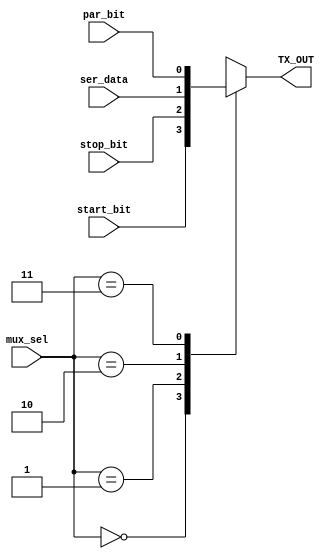
module MUX (
    input wire [1 : 0] mux_sel,
    input wire start_bit, stop_bit, ser_data, par_bit,
    output reg TX_OUT
);
    always @(*) begin
        case (mux_sel)
            2'b00: begin
                TX_OUT = start_bit;
            end
            2'b01: begin
                TX_OUT = stop_bit;
            end
            2'b10: begin
                TX_OUT = ser_data;
            end
            2'b11: begin
                TX_OUT = par_bit;
            end
        endcase
    end
endmodule